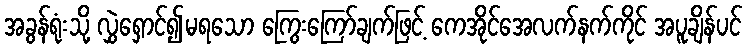
အခွန်ရုံးသို့ လွှဲရှောင်၍မရသော ကြွေးကြော်ချက်ဖြင့် ကေအိုင်အေလက်နက်ကိုင် အပူချိန်ပင်